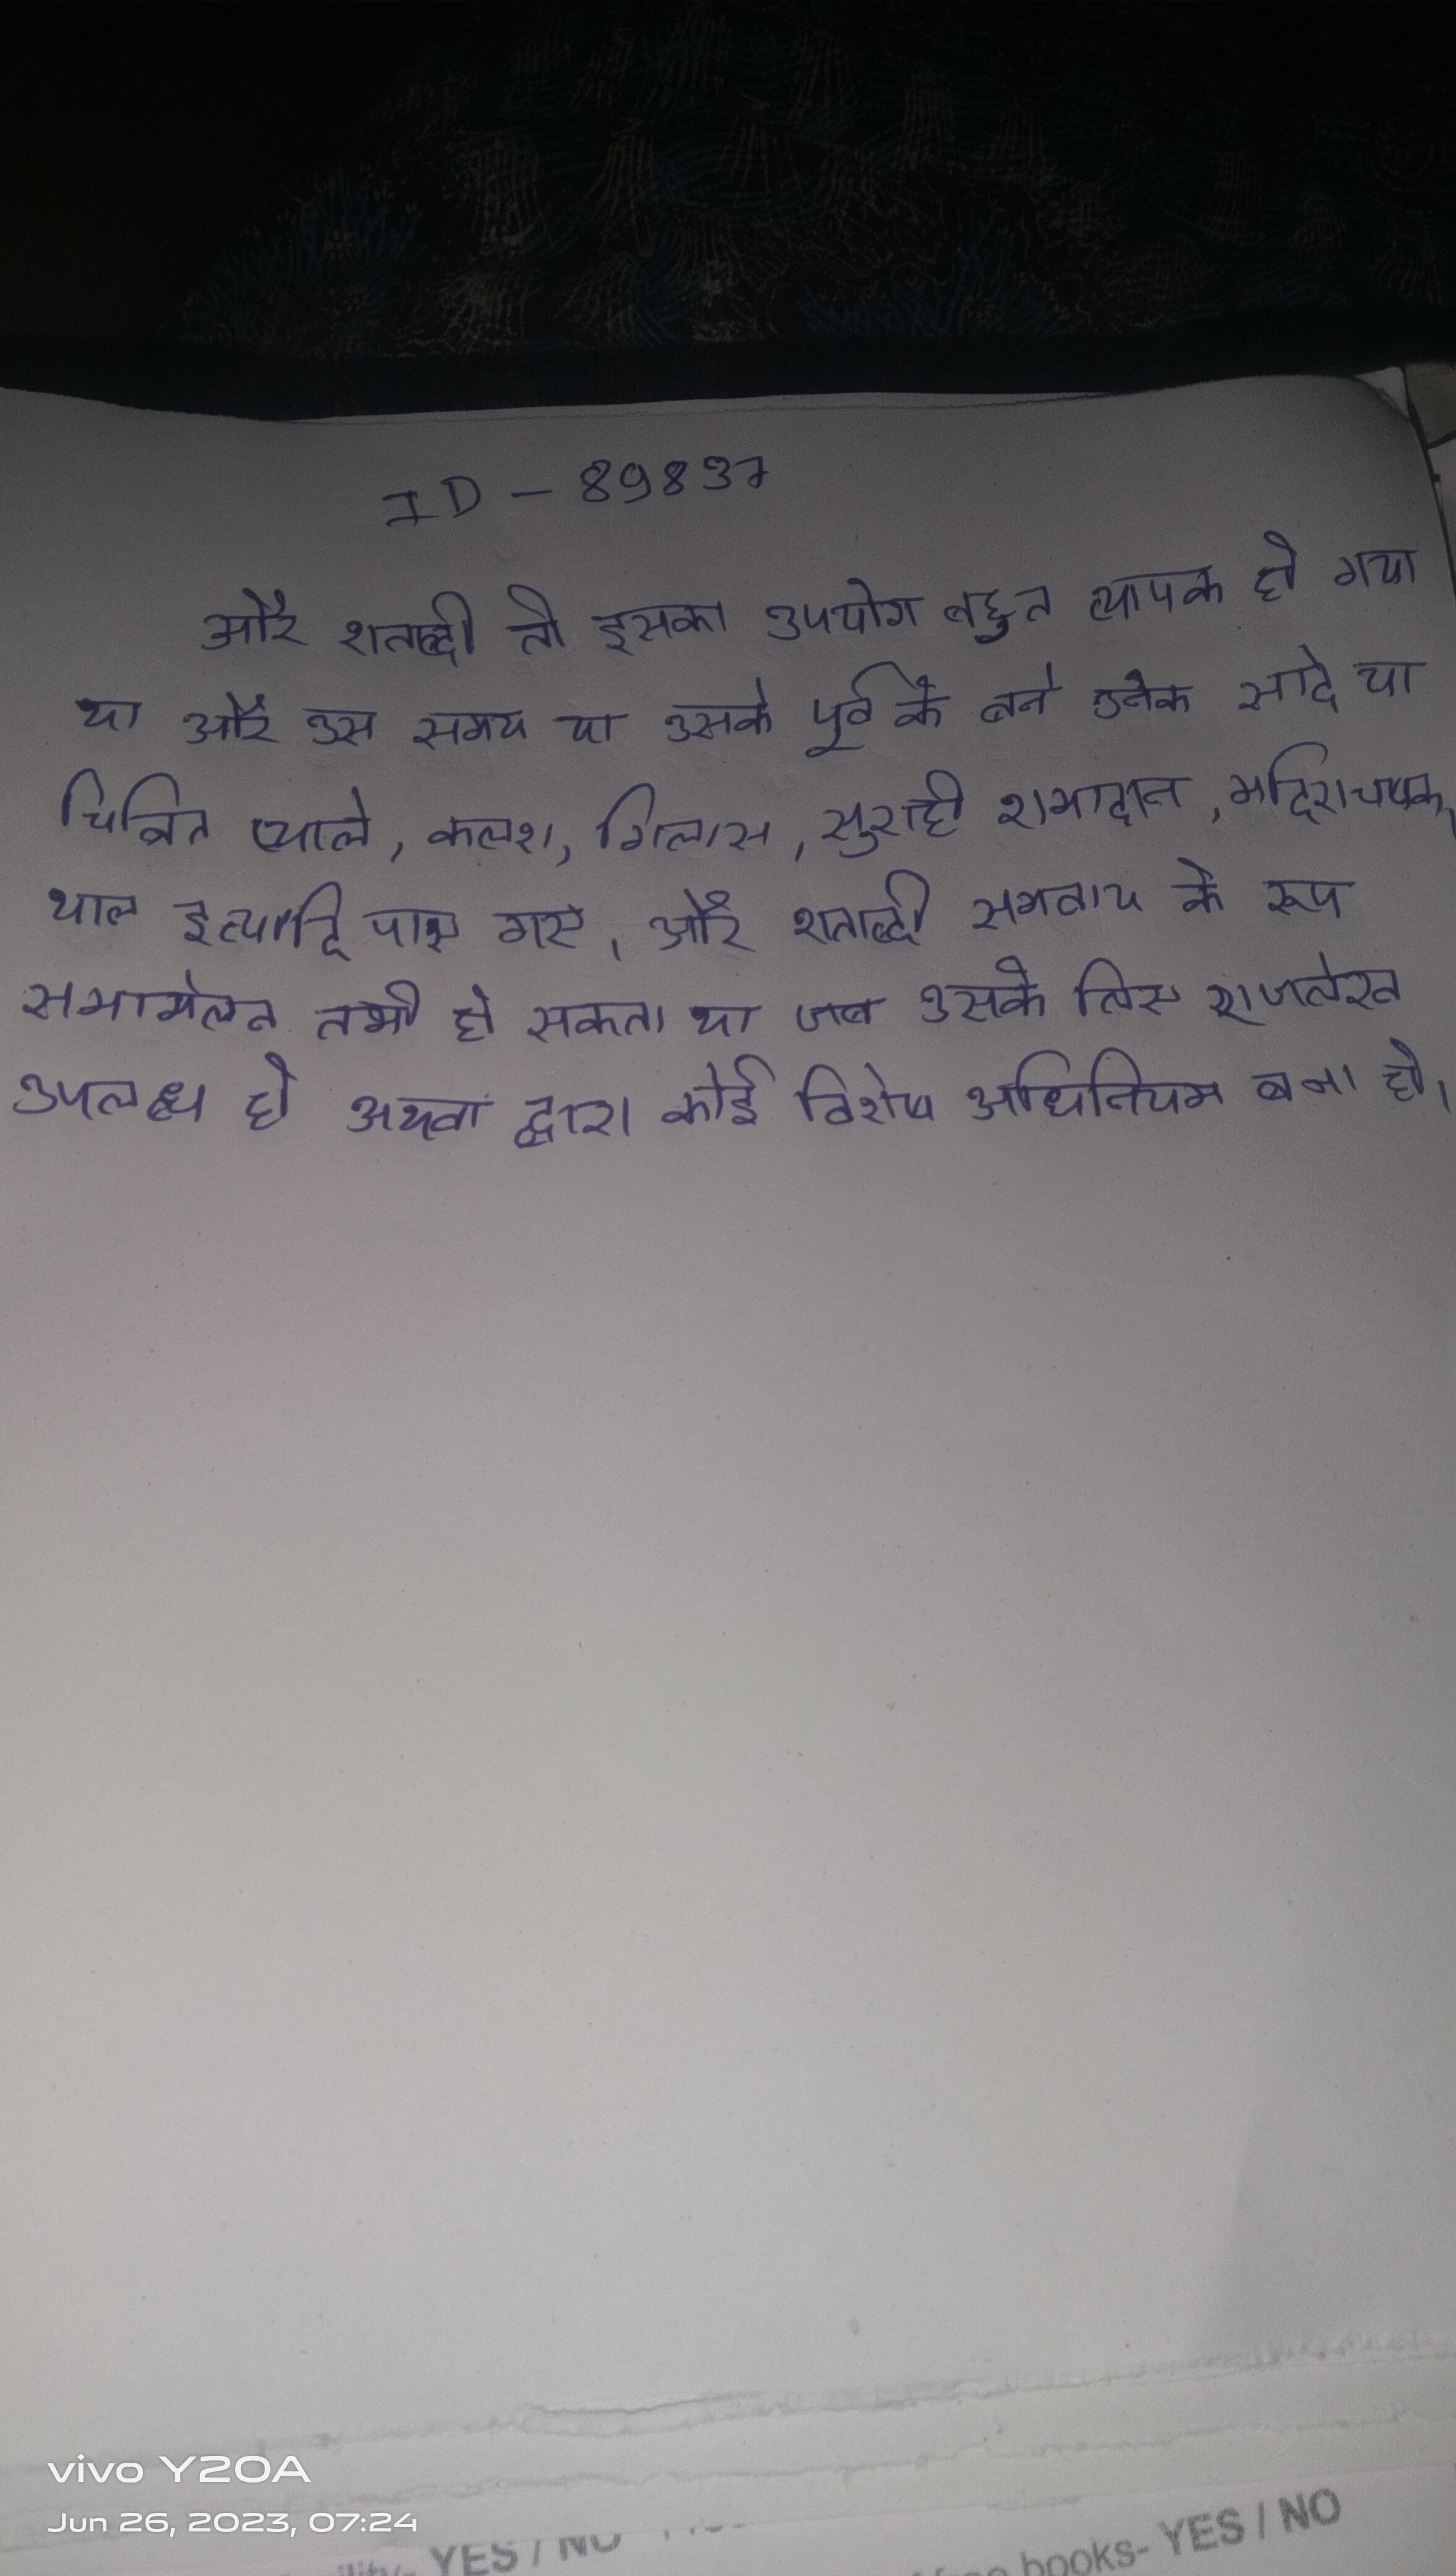
और शताब्दी तो इसका उपयोग बहुत व्यापक हो गया था और उस समय या उसके पूर्व के बने अनेक सादे या चित्रित प्याले, कलश, गिलास, सुराही, शमादान, मदिराचषक, थाल इत्यादि पाए गए । और शताब्दी समवाय के रूप समामेलन तभी हो सकता था जब उसके लिए राजलेख उपलब्ध हो अथवा द्वारा कोई विशेष अधिनियम बना हो ।